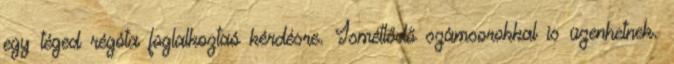
egy téged régóta foglalkoztaó kérdésre. Ismétlődő számsorokkal is üzenhetnek.